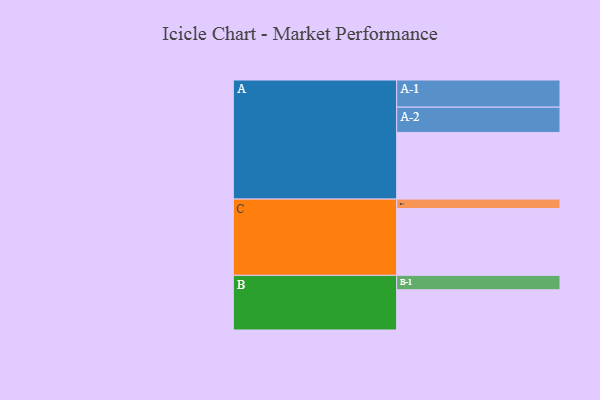
{"axis": {"x": "Segment", "y": "Value"}, "legend": ["", "A", "B", "C"], "data": [{"x": "A", "y": 577, "type": ""}, {"x": "B", "y": 348, "type": ""}, {"x": "C", "y": 578, "type": ""}, {"x": "A-1", "y": 235, "type": "A"}, {"x": "A-2", "y": 219, "type": "A"}, {"x": "B-1", "y": 125, "type": "B"}, {"x": "C-1", "y": 82, "type": "C"}]}